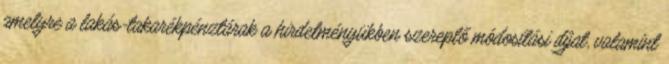
amelyre a lakás-takarékpénztárak a hirdetményükben szereplő módosítási díjat, valamint